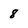
Character: 8